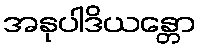
အနုပါဒိယန္တော